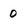
Character: 0